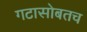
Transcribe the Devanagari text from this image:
गटासोबतच